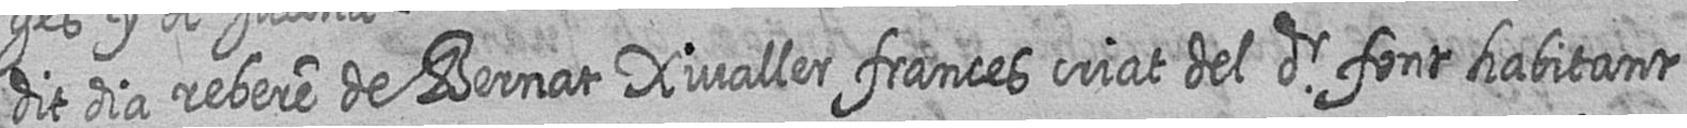
dit dia rebere de Bernat Xivaller frances criat del Sr font habitant